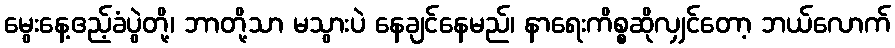
မွေးနေ့ဧည့်ခံပွဲတို့၊ ဘာတို့သာ မသွားပဲ နေချင်နေမည်၊ နာရေးကိစ္စဆိုလျှင်တော့ ဘယ်လောက်